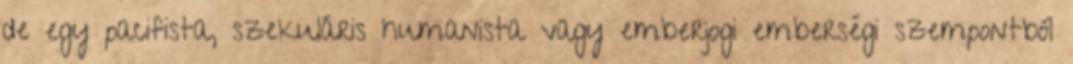
de egy pacifista, szekuláris humanista vagy emberjogi emberségi szempontból